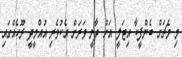
މި މެޗަށް ބެންފީކާ އިޓަލީ އަށް ދާނީ ވަރަށް އެކުވެރި އުއްމީދީ ރޫހެއްގައި